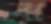
ঝ